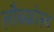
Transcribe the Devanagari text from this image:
लौब्फ्रोस्च